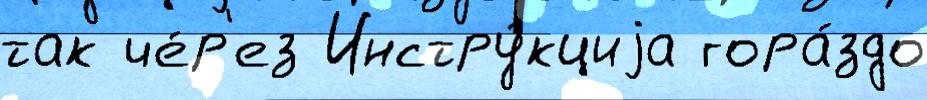
так че́р'ез Инстру́кциjа гора́здо